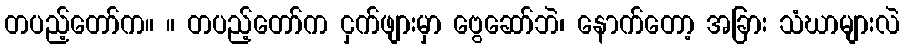
တပည့်တော်က။ ။ တပည့်တော်က ငှက်ဖျားမှာ ဗွေဆော်ဘဲ၊ နောက်တော့ အခြား သံဃာများလဲ